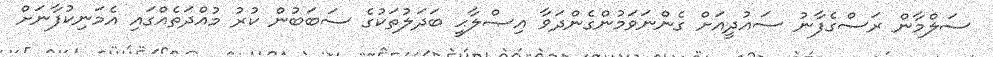
ސަލްމާން ރަސްގެފާނު ސައުދީއަށް ގެންނަވަމުންގެންދަވާ އިޞްލާޙީ ބަދަލުތަކުގެ ސަބަބުން ކުރު މުއްދަތެއްގައި އެމަނިކުފާނަށް